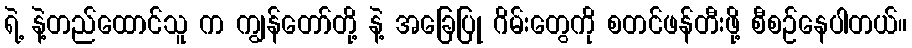
ရဲ့ နဲ့တည်ထောင်သူ က ကျွန်တော်တို့ နဲ့ အခြေပြု ဂိမ်းတွေကို စတင်ဖန်တီးဖို့ စီစဉ်နေပါတယ်။